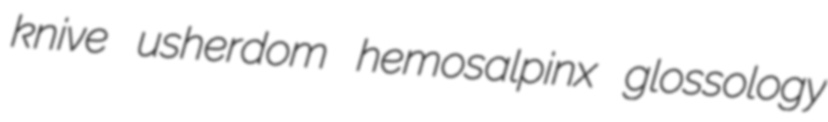
knive usherdom hemosalpinx glossology